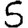
Digit: 5